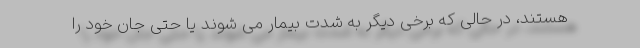
هستند، در حالی که برخی دیگر به شدت بیمار می شوند یا حتی جان خود را